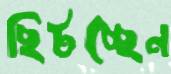
ছিটচ্ছেন